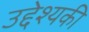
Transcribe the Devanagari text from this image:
उद्देश्यकी